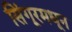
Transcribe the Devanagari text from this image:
सिंगूरमधून